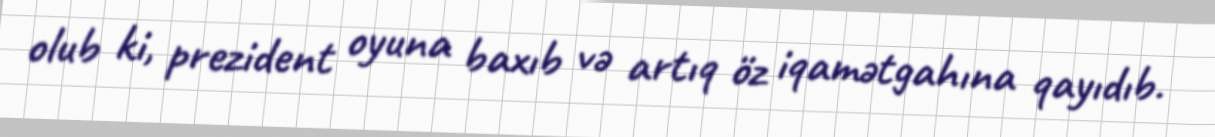
olub ki, prezident oyuna baxıb və artıq öz iqamətgahına qayıdıb.